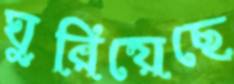
ঘুরিয়েছে